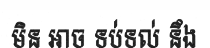
មិន អាច ទប់ទល់ នឹង